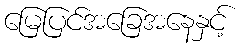
မြေပြင်အခြေအနေနှင့်